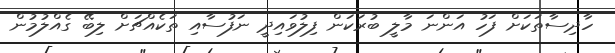
ހާދިސާތަކަށް ފަހު އަންނަ މާލީ ބުރަކަން ފިލުވައިދީ ނަފުސާއި ތަކެއްޗަށް ލިބޭ ގެއްލުމުން